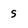
Character: s